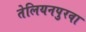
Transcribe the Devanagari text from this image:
तेलियनपुरवा